Problem: 9 × 4 = ?
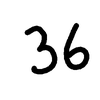
Handwritten answer: 36